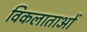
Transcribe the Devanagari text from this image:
विकलाताओं